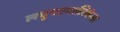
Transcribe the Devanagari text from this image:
लघुपटमालिकेला